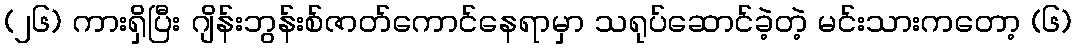
(၂၆) ကားရှိပြီး ဂျိန်းဘွန်းစ်ဇာတ်ကောင်နေရာမှာ သရုပ်ဆောင်ခဲ့တဲ့ မင်းသားကတော့ (၆)